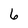
Character: 6